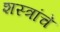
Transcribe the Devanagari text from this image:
शस्‍त्रांचे